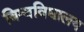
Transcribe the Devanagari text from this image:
विश्वविद्यालय